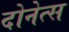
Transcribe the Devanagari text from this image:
दोनेत्स